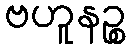
ဗဟူနဉ္စ